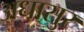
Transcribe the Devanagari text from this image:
अधासुर